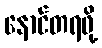
နောင်တရဖို့